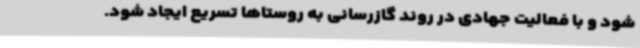
شود و با فعالیت جهادی در روند گازرسانی به روستاها تسریع ایجاد شود.